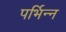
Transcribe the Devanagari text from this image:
पर्भिन्न